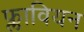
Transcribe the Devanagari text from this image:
फ्लावियन